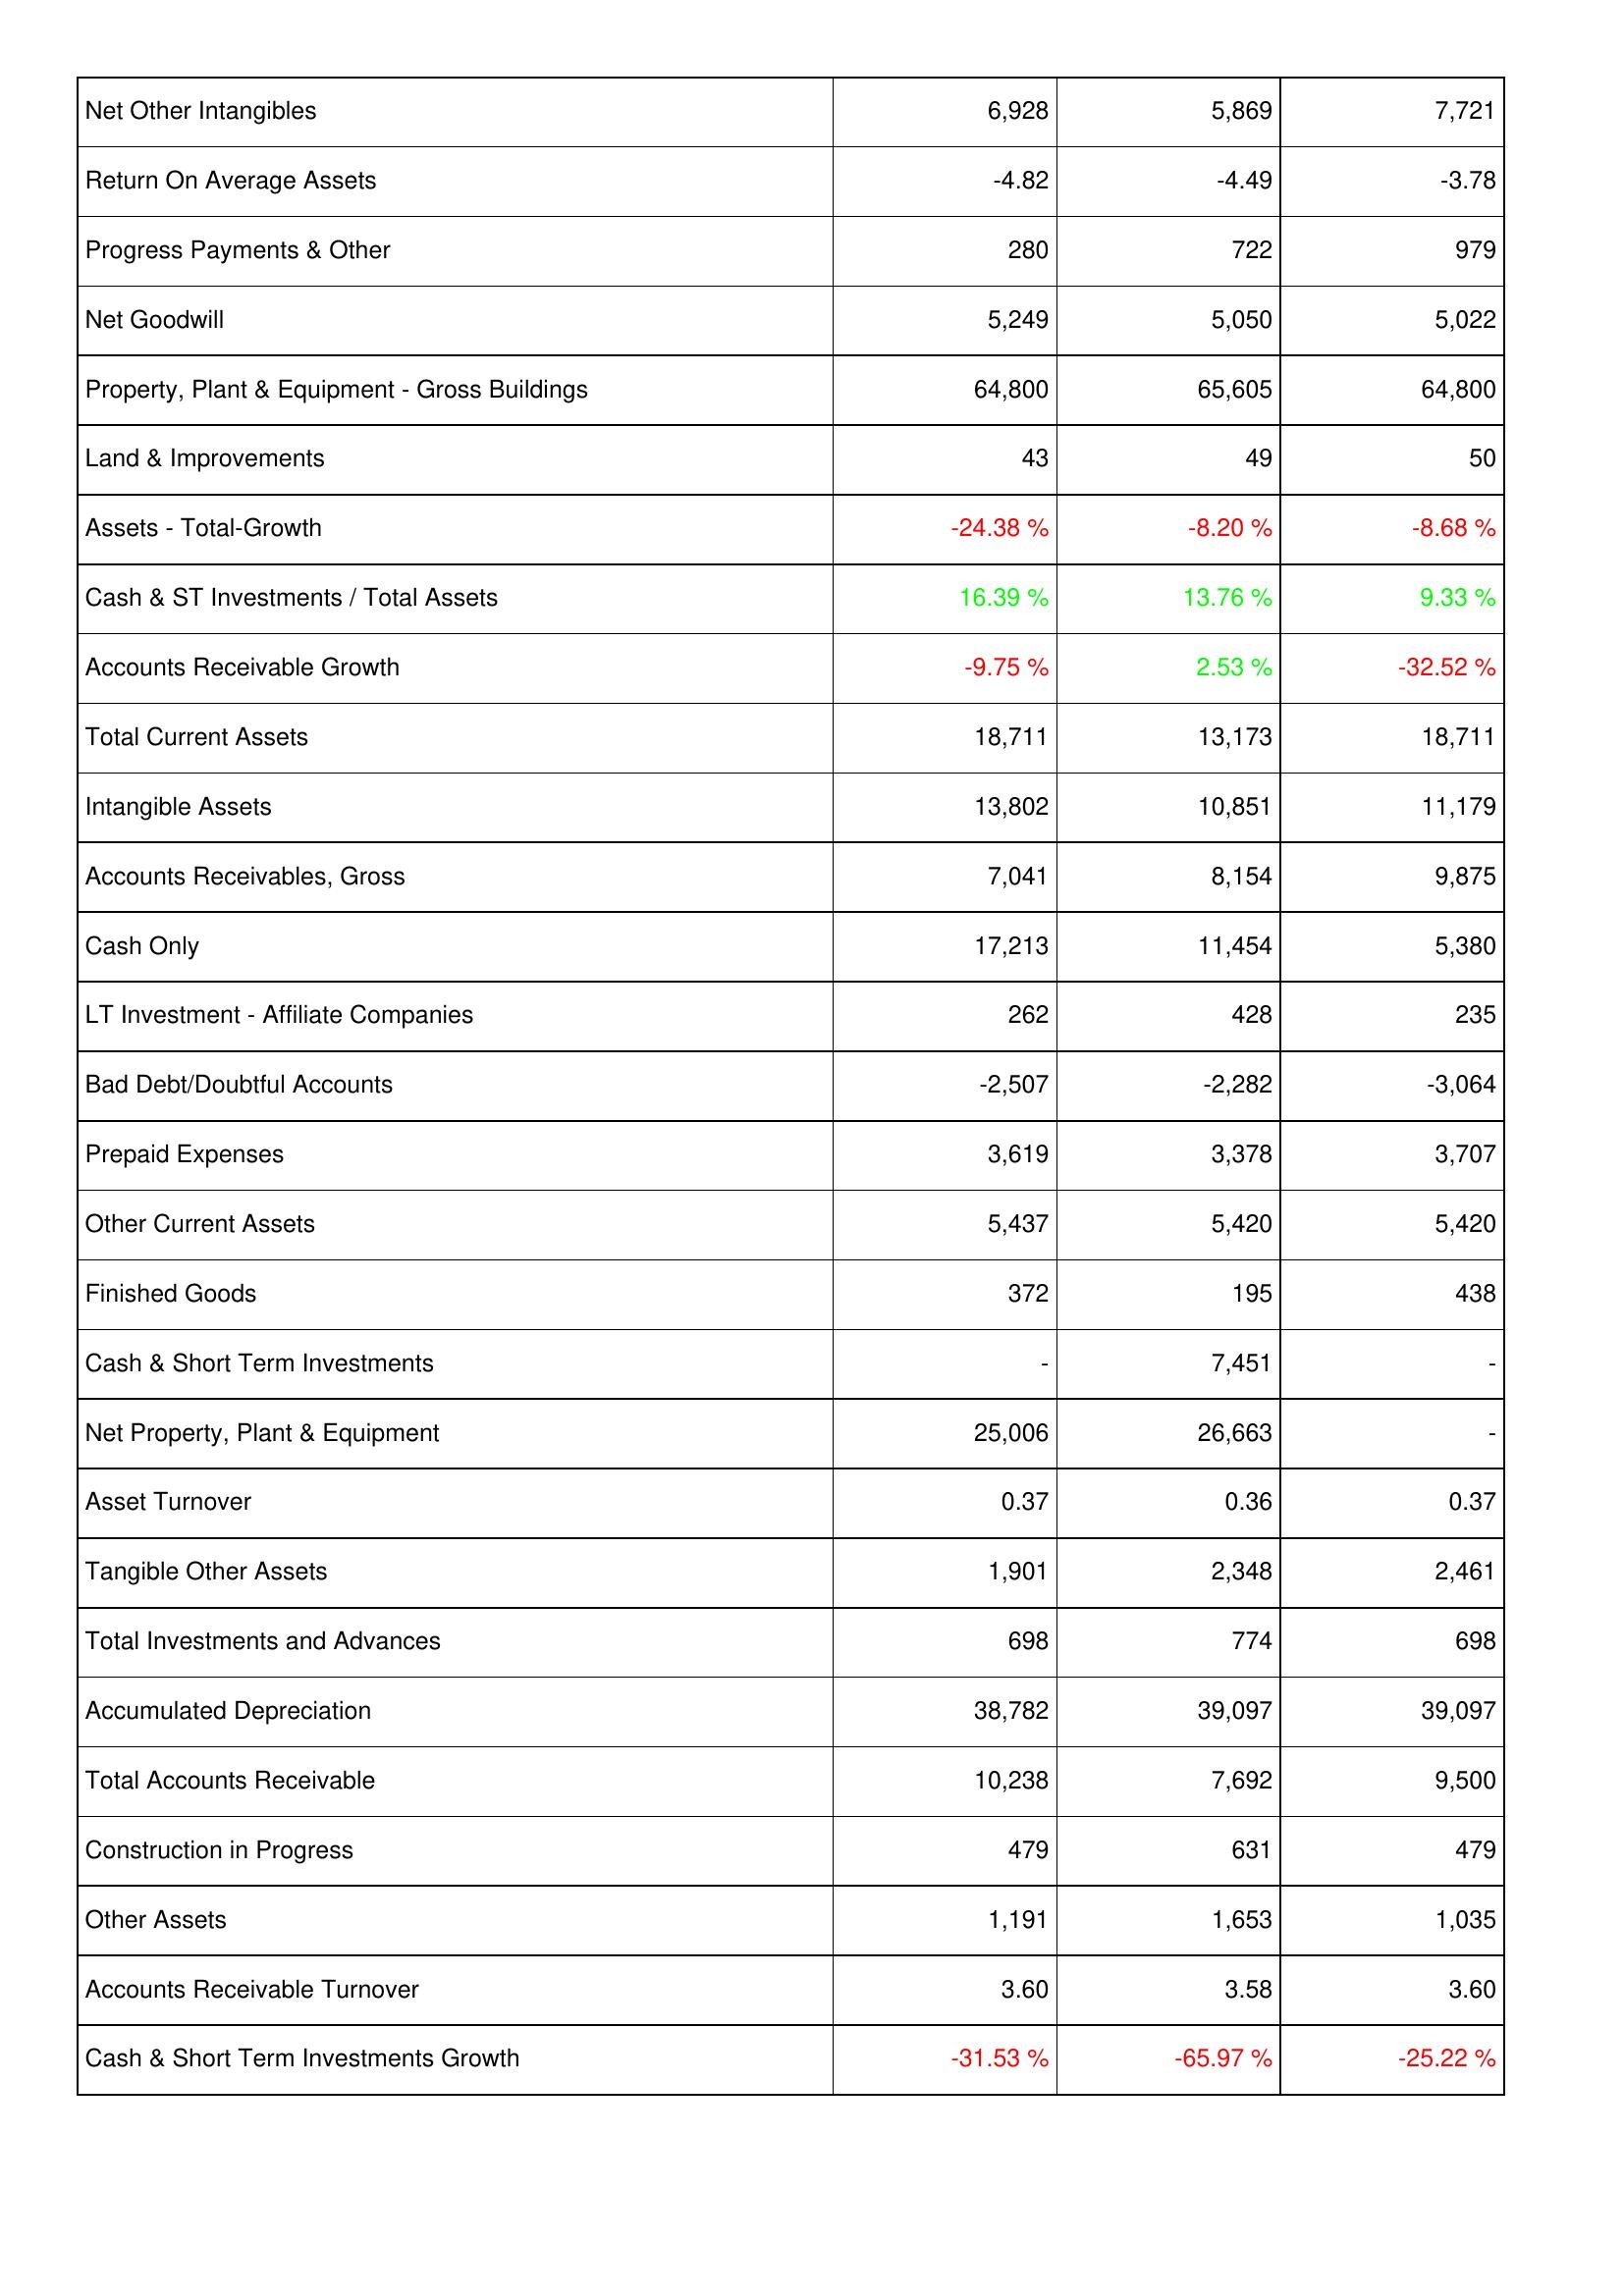
2009: Assets: Net Other Intangibles: 6,928
Return On Average Assets: -4.82
Progress Payments & Other: 280
Net Goodwill: 5,249
Property, Plant & Equipment - Gross Buildings: 64,800
Land & Improvements: 43
Assets - Total-Growth: -24.38 %
Cash & ST Investments / Total Assets: 16.39 %
Accounts Receivable Growth: -9.75 %
Total Current Assets: 18,711
Intangible Assets: 13,802
Accounts Receivables, Gross: 7,041
Cash Only: 17,213
LT Investment - Affiliate Companies: 262
Bad Debt/Doubtful Accounts: -2,507
Prepaid Expenses: 3,619
Other Current Assets: 5,437
Finished Goods: 372
Cash & Short Term Investments: -
Net Property, Plant & Equipment: 25,006
Asset Turnover: 0.37
Tangible Other Assets: 1,901
Total Investments and Advances: 698
Accumulated Depreciation: 38,782
Total Accounts Receivable: 10,238
Construction in Progress: 479
Other Assets: 1,191
Accounts Receivable Turnover: 3.60
Cash & Short Term Investments Growth: -31.53 %
2008: Assets: Net Other Intangibles: 5,869
Return On Average Assets: -4.49
Progress Payments & Other: 722
Net Goodwill: 5,050
Property, Plant & Equipment - Gross Buildings: 65,605
Land & Improvements: 49
Assets - Total-Growth: -8.20 %
Cash & ST Investments / Total Assets: 13.76 %
Accounts Receivable Growth: 2.53 %
Total Current Assets: 13,173
Intangible Assets: 10,851
Accounts Receivables, Gross: 8,154
Cash Only: 11,454
LT Investment - Affiliate Companies: 428
Bad Debt/Doubtful Accounts: -2,282
Prepaid Expenses: 3,378
Other Current Assets: 5,420
Finished Goods: 195
Cash & Short Term Investments: 7,451
Net Property, Plant & Equipment: 26,663
Asset Turnover: 0.36
Tangible Other Assets: 2,348
Total Investments and Advances: 774
Accumulated Depreciation: 39,097
Total Accounts Receivable: 7,692
Construction in Progress: 631
Other Assets: 1,653
Accounts Receivable Turnover: 3.58
Cash & Short Term Investments Growth: -65.97 %
2007: Assets: Net Other Intangibles: 7,721
Return On Average Assets: -3.78
Progress Payments & Other: 979
Net Goodwill: 5,022
Property, Plant & Equipment - Gross Buildings: 64,800
Land & Improvements: 50
Assets - Total-Growth: -8.68 %
Cash & ST Investments / Total Assets: 9.33 %
Accounts Receivable Growth: -32.52 %
Total Current Assets: 18,711
Intangible Assets: 11,179
Accounts Receivables, Gross: 9,875
Cash Only: 5,380
LT Investment - Affiliate Companies: 235
Bad Debt/Doubtful Accounts: -3,064
Prepaid Expenses: 3,707
Other Current Assets: 5,420
Finished Goods: 438
Cash & Short Term Investments: -
Net Property, Plant & Equipment: -
Asset Turnover: 0.37
Tangible Other Assets: 2,461
Total Investments and Advances: 698
Accumulated Depreciation: 39,097
Total Accounts Receivable: 9,500
Construction in Progress: 479
Other Assets: 1,035
Accounts Receivable Turnover: 3.60
Cash & Short Term Investments Growth: -25.22 %